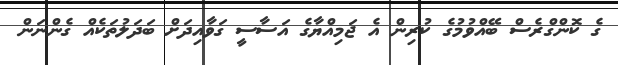
ގެ ކޮންގްރެސް ބޭއްވުމުގެ ކުރިން އެ ޖަމިއްޔާގެ އަސާސީ ގަވާއިދަށް ބަދަލުތަކެއް ގެންނަން